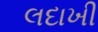
લદાખી